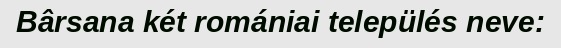
Bârsana két romániai település neve: